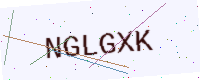
Text: NGLGXK